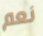
نعم